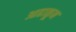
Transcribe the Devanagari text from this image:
आढाळून